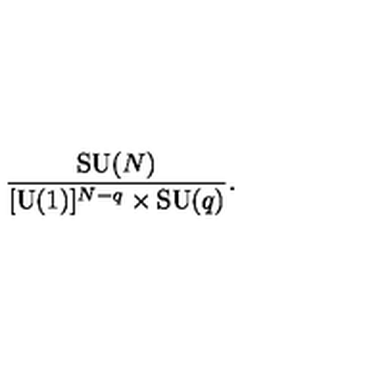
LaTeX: { \frac { \mathrm { S U } ( N ) } { [ \mathrm { U } ( 1 ) ] ^ { N - q } \times \mathrm { S U } ( q ) } } .